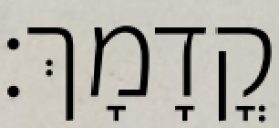
קֳדָמָךְ׃